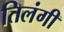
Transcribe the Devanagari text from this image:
तिलंगी